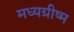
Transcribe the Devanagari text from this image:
मध्यग्रीष्म